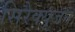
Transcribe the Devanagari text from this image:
सिरैक्यूजन